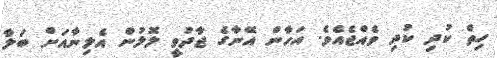
ހިތް ކުދި ކުދި ވެއްޖެއެވެ. އަހާން އޭނާގެ ޖާދުވީ ލޮލުން އެލިނާއަށް ބަލާ